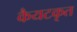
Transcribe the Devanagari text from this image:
कैयटकृत